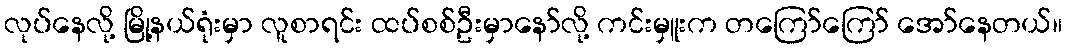
လုပ်နေလို့ မြို့နယ်ရုံးမှာ လူစာရင်း ထပ်စစ်ဦးမှာနော်လို့ ကင်းမှူးက တကြော်ကြော် အော်နေတယ်။